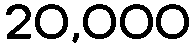
20,000